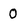
Character: 0